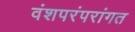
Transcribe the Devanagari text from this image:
वंशपरंपरांगत